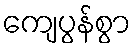
ကျေပွန်စွာ